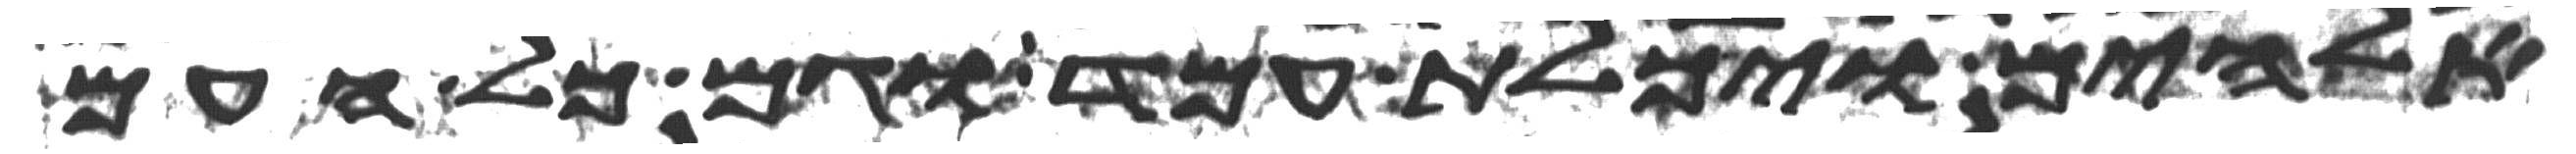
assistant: אלהים ויכלת עמד וגם כל העם